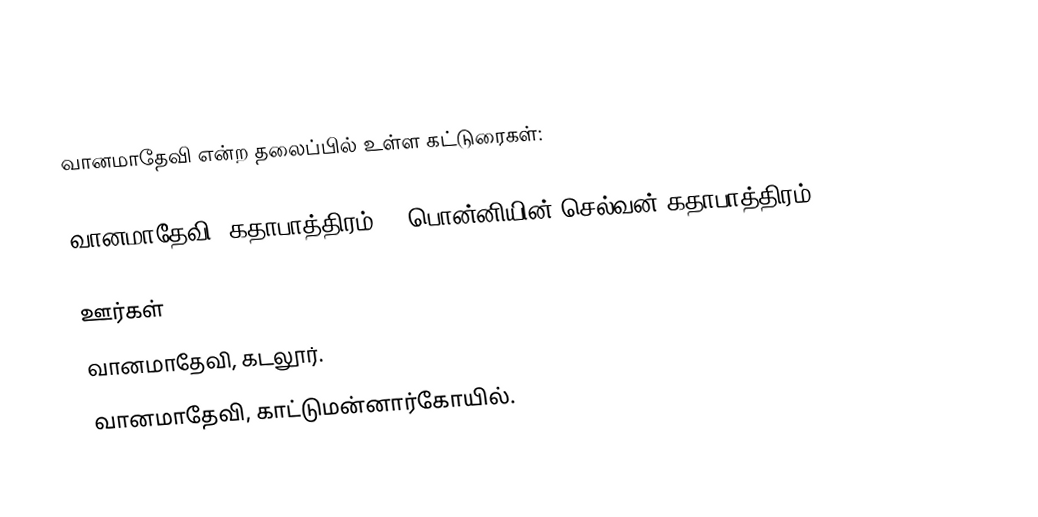
வானமாதேவி என்ற தலைப்பில் உள்ள கட்டுரைகள்:

 வானமாதேவி (கதாபாத்திரம்) - பொன்னியின் செல்வன் கதாபாத்திரம்.

ஊர்கள்
 வானமாதேவி, கடலூர்.
 வானமாதேவி, காட்டுமன்னார்கோயில்.